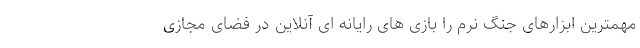
مهمترین ابزارهای جنگ نرم را بازی های رایانه ای آنلاین در فضای مجازی